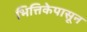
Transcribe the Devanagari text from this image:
भित्तिकेपासून